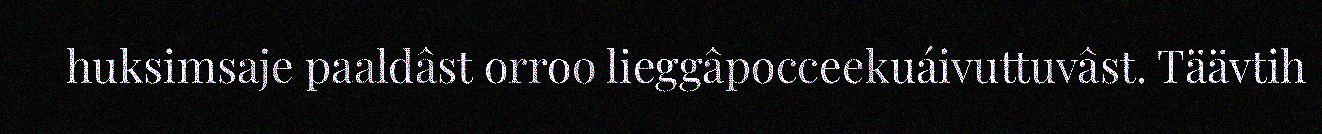
huksimsaje paaldâst orroo lieggâpocceekuáivuttuvâst. Täävtih